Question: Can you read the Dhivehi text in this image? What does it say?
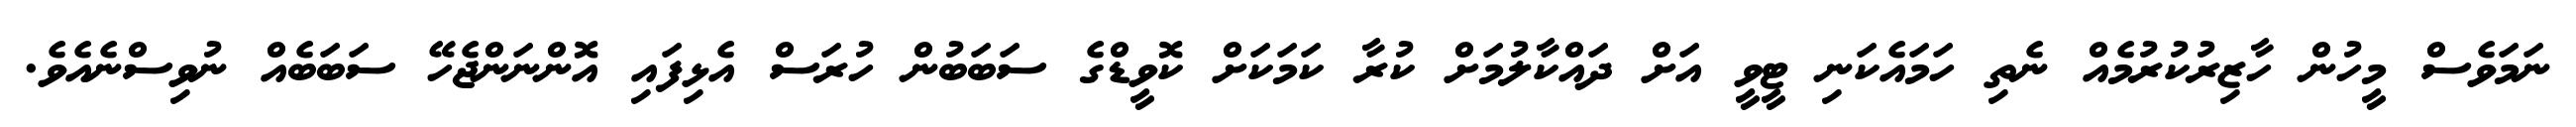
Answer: ނަމަވެސް މީހުން ހާޒިރުކުރުމެއް ނެތި ހަމައެކަނި ޓީވީ އަށް ދައްކާލުމަށް ކުރާ ކަމަކަށް ކޮވީޑްގެ ސަބަބުން ހުރަސް އެޅިފައި އޮންނަންޖެހޭ ސަބަބެއް ނުވިސްނެއެވެ.